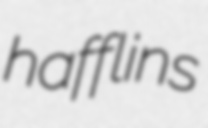
hafflins